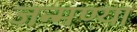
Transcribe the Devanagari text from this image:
जन्मण्या